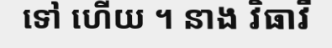
ទៅ ហើយ ។ នាង វិធាវី